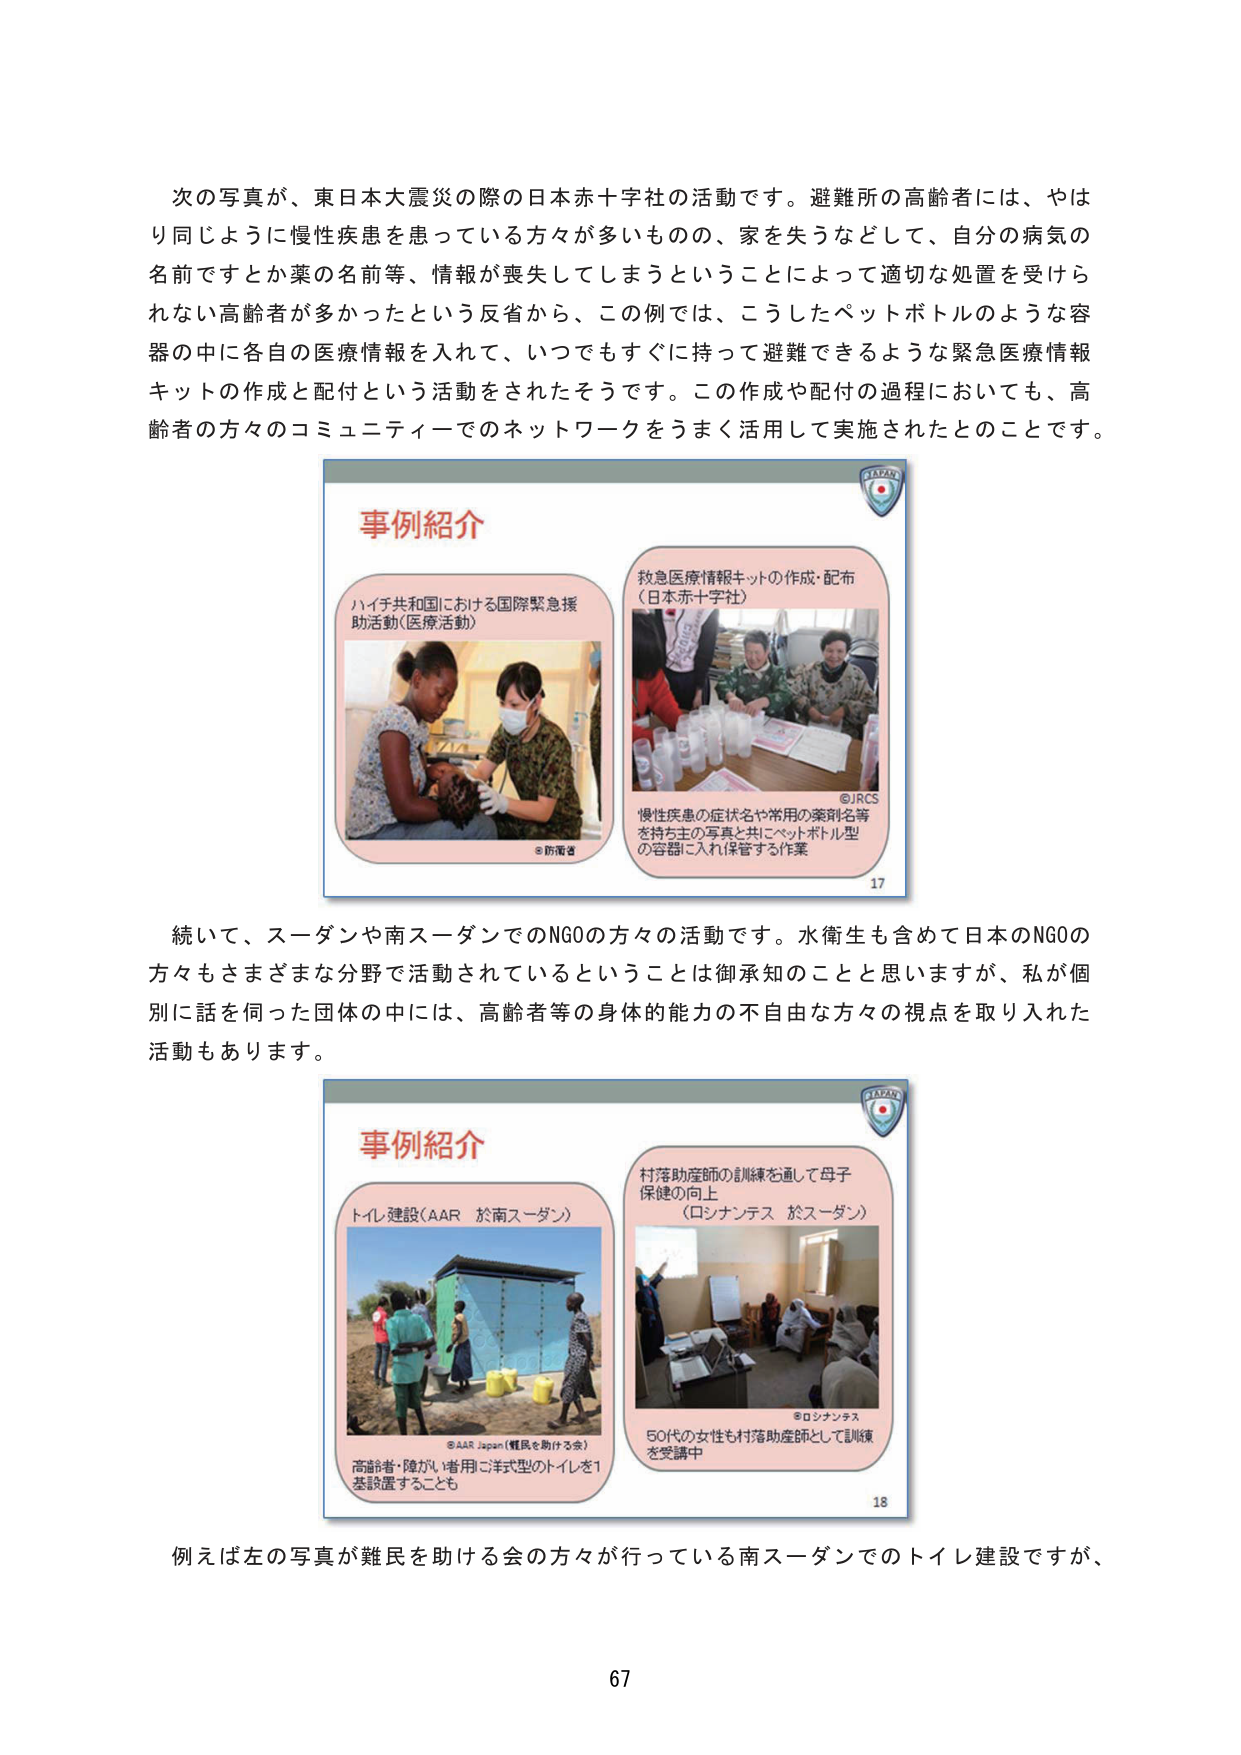
次の写真が、東日本大震災の際の日本赤十字社の活動です。避難所の高齢者には、やはり同じように慢性疾患を患っている方が多いものの、家を失うなどして、自分の病気の名前ですとか薬の名前等、情報が喪失してしまうということによって適切な処置を受けられない高齢者が多かったという反省から、この例では、こうしたペットボトルのような容器の中に各自の医療情報を入れて、いつでもすぐに持って避難できるような緊急医療情報キットの作成と配付という活動をされたそうです。この作成や配付の過程においても、高齢者の方々のコミュニティーでのネットワークをうまく活用して実施されたとのことです。

事例紹介
ハイチ共和国における国際緊急援助活動（医療活動）
©防衛省
救急医療情報キットの作成・配布
（日本赤十字社）
©JRCS
慢性疾患の症状名や常用の薬剤名等を持ち主の写真と共にペットボトル型の容器に入れ保管する作業
17

続いて、スーダンや南スーダンでのNGOの方々の活動です。水衛生も含めて日本のNGOの方々もさまざまな分野で活動されているということは御承知のことと思いますが、私が個別に話を伺った団体の中には、高齢者等の身体的能力の不自由な方々の視点を取り入れた活動もあります。

事例紹介
トイレ建設（AAR 於南スーダン）
©AAR Japan（難民を助ける会）
高齢者・障がい者用に洋式型のトイレを1基設置することも
村落助産師の訓練を通して母子保健の向上
（ロシナンテス 於スーダン）
©ロシナンテス
50代の女性も村落助産師として訓練を受講中
18

例えば左の写真が難民を助ける会の方々が行っている南スーダンでのトイレ建設ですが、
67